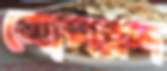
সোপরদ্দ